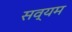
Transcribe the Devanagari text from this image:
सव्यम